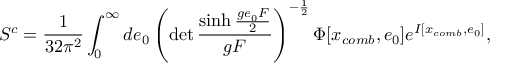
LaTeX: S ^ { c } = \frac { 1 } { 3 2 \pi ^ { 2 } } \int _ { 0 } ^ { \infty } d e _ { 0 } \left( \operatorname * { d e t } \frac { \sinh \frac { g e _ { 0 } F } { 2 } } { g F } \right) ^ { - \frac { 1 } { 2 } } \Phi [ x _ { c o m b } , e _ { 0 } ] e ^ { I [ x _ { c o m b } , e _ { 0 } ] } ,